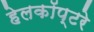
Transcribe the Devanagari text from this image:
हेलकॉप्टरे